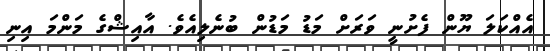
އެއްކަލަ ޔޫން ފެށުނީ ވަރަށް މަޑު މަޑުން ބުނެލިއެވެ. އާއިޝްގެ މަންމަ އިނި